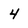
Character: 4